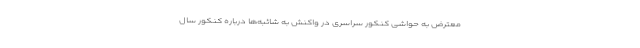
معترض به حواشی کنکور سراسری در واکنش به شائبه‌ها درباره کنکور سال